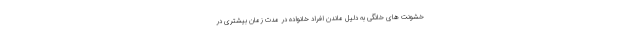
خشونت های خانگی به دلیل ماندن افراد خانواده در مدت زمان بیشتری در